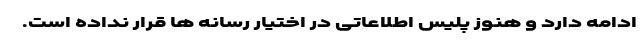
ادامه دارد و هنوز پلیس اطلاعاتی در اختیار رسانه ها قرار نداده است.